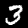
Label: 3